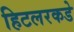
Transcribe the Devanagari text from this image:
हिटलरकडे